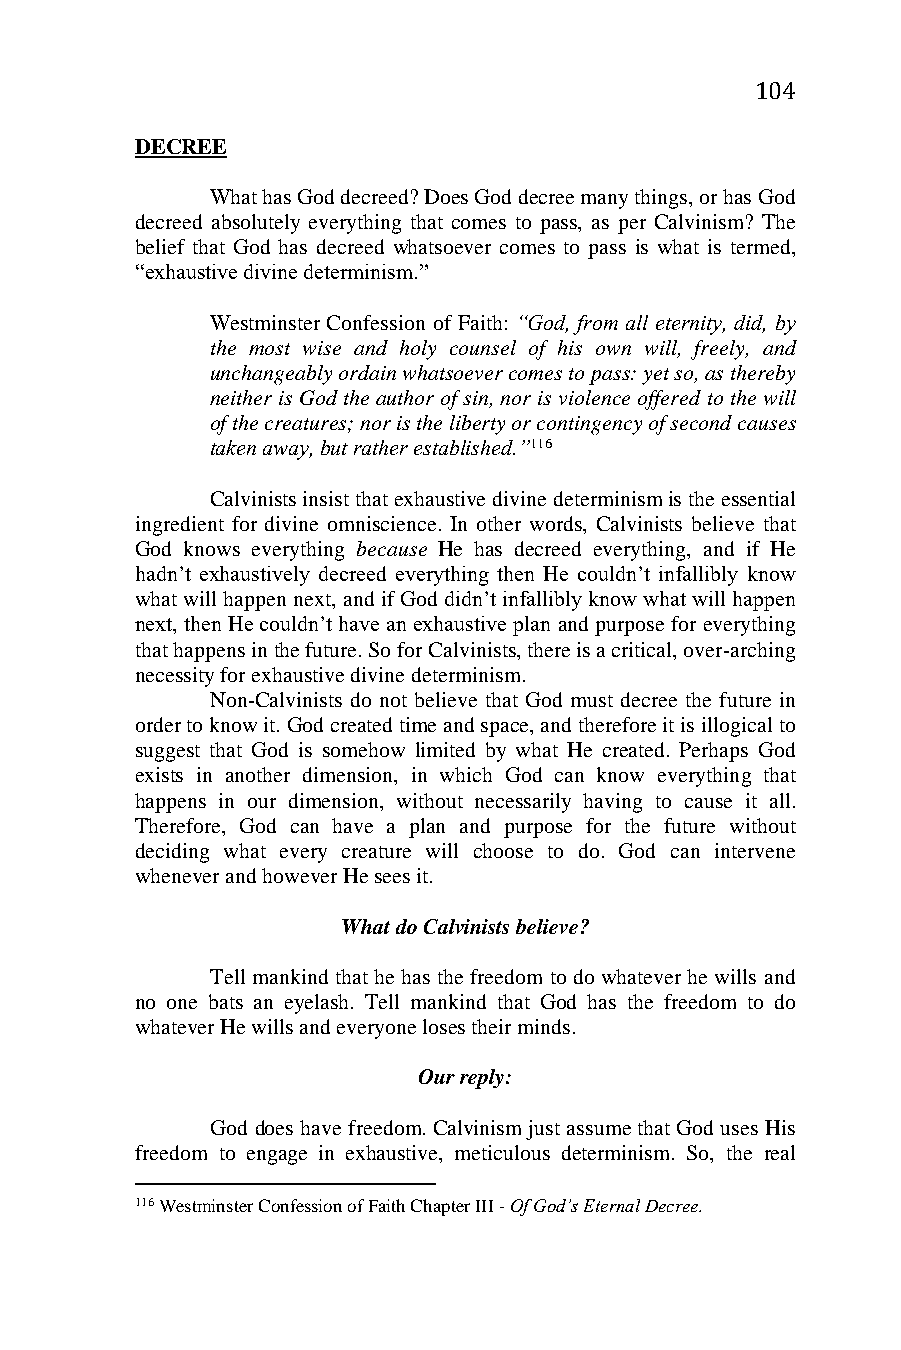
104
 DECREE
 What has God decreed? Does God decree many things, or has God
 decreed absolutely everything that comes to pass, as per Calvinism? The
 belief that God has decreed whatsoever comes to pass is what is termed,
 “exhaustive divine determinism.”
 Westminster Confession of Faith: “God, from all eternity, did, by
 the most wise and holy counsel of his own will, freely, and
 unchangeably ordain whatsoever comes to pass: yet so, as thereby
 neither is God the author of sin, nor is violence offered to the will
 of the creatures; nor is the liberty or contingency of second causes
 taken away, but rather established.”116
 Calvinists insist that exhaustive divine determinism is the essential
 ingredient for divine omniscience. In other words, Calvinists believe that
 God knows everything because He has decreed everything, and if He
 hadn’t exhaustively decreed everything then He couldn’t infallibly know
 what will happen next, and if God didn’t infallibly know what will happen
 next, then He couldn’t have an exhaustive plan and purpose for everything
 that happens in the future. So for Calvinists, there is a critical, over-arching
 necessity for exhaustive divine determinism.
 Non-Calvinists do not believe that God must decree the future in
 order to know it. God created time and space, and therefore it is illogical to
 suggest that God is somehow limited by what He created. Perhaps God
 exists in another dimension, in which God can know everything that
 happens in our dimension, without necessarily having to cause it all.
 Therefore, God can have a plan and purpose for the future without
 deciding what every creature will choose to do. God can intervene
 whenever and however He sees it.
 What do Calvinists believe?
 Tell mankind that he has the freedom to do whatever he wills and
 no one bats an eyelash. Tell mankind that God has the freedom to do
 whatever He wills and everyone loses their minds.
 Our reply:
 God does have freedom. Calvinism just assume that God uses His
 freedom to engage in exhaustive, meticulous determinism. So, the real
 116 Westminster Confession of Faith Chapter III - Of God’s Eternal Decree.